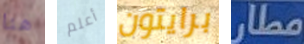
هنا أعلم برايتون مطار